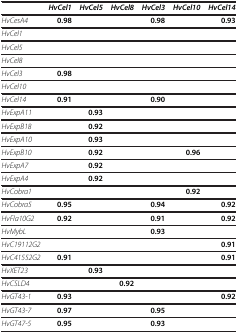
<table><thead><tr><td><b> </b></td><td><b><i>HvCel1</i></b></td><td><b><i>HvCel5</i></b></td><td><b><i>HvCel8</i></b></td><td><b><i>HvCel3</i></b></td><td><b><i>HvCel10</i></b></td><td><b><i>HvCel14</i></b></td></tr></thead><tbody><tr><td><i>HvCesA4</i></td><td><b>0.98</b></td><td> </td><td> </td><td><b>0.98</b></td><td> </td><td><b>0.93</b></td></tr><tr><td><i>HvCel1</i></td><td> </td><td> </td><td> </td><td> </td><td> </td><td> </td></tr><tr><td><i>HvCel5</i></td><td> </td><td> </td><td> </td><td> </td><td> </td><td> </td></tr><tr><td><i>HvCel8</i></td><td> </td><td> </td><td> </td><td> </td><td> </td><td> </td></tr><tr><td><i>HvCel3</i></td><td><b>0.98</b></td><td> </td><td> </td><td> </td><td> </td><td> </td></tr><tr><td><i>HvCel10</i></td><td> </td><td> </td><td> </td><td> </td><td> </td><td> </td></tr><tr><td><i>HvCel14</i></td><td><b>0.91</b></td><td> </td><td> </td><td><b>0.90</b></td><td> </td><td> </td></tr><tr><td><i>HvExpA11</i></td><td> </td><td><b>0.93</b></td><td> </td><td> </td><td> </td><td> </td></tr><tr><td><i>HvExpB18</i></td><td> </td><td><b>0.92</b></td><td> </td><td> </td><td> </td><td> </td></tr><tr><td><i>HvExpA10</i></td><td> </td><td><b>0.93</b></td><td> </td><td> </td><td> </td><td> </td></tr><tr><td><i>HvExpB10</i></td><td> </td><td><b>0.92</b></td><td> </td><td> </td><td><b>0.96</b></td><td> </td></tr><tr><td><i>HvExpA7</i></td><td> </td><td><b>0.92</b></td><td> </td><td> </td><td> </td><td> </td></tr><tr><td><i>HvExpA4</i></td><td> </td><td><b>0.92</b></td><td> </td><td> </td><td> </td><td> </td></tr><tr><td><i>HvCobra1</i></td><td> </td><td> </td><td> </td><td> </td><td><b>0.92</b></td><td> </td></tr><tr><td><i>HvCobra5</i></td><td><b>0.95</b></td><td> </td><td> </td><td><b>0.94</b></td><td> </td><td><b>0.92</b></td></tr><tr><td><i>HvFla10G2</i></td><td><b>0.92</b></td><td> </td><td> </td><td><b>0.91</b></td><td> </td><td><b>0.92</b></td></tr><tr><td><i>HvMybL</i></td><td> </td><td> </td><td> </td><td><b>0.93</b></td><td> </td><td> </td></tr><tr><td><i>HvC19112G2</i></td><td> </td><td> </td><td> </td><td> </td><td> </td><td><b>0.91</b></td></tr><tr><td><i>HvC41552G2</i></td><td><b>0.91</b></td><td> </td><td> </td><td> </td><td> </td><td><b>0.91</b></td></tr><tr><td><i>HvXET23</i></td><td> </td><td><b>0.93</b></td><td> </td><td> </td><td> </td><td> </td></tr><tr><td><i>HvCSLD4</i></td><td> </td><td> </td><td><b>0.92</b></td><td> </td><td> </td><td> </td></tr><tr><td><i>HvGT43-1</i></td><td><b>0.93</b></td><td> </td><td> </td><td> </td><td> </td><td><b>0.92</b></td></tr><tr><td><i>HvGT43-7</i></td><td><b>0.97</b></td><td> </td><td> </td><td><b>0.95</b></td><td> </td><td> </td></tr><tr><td><i>HvGT47-5</i></td><td><b>0.95</b></td><td> </td><td> </td><td><b>0.93</b></td><td> </td><td> </td></tr></tbody></table>